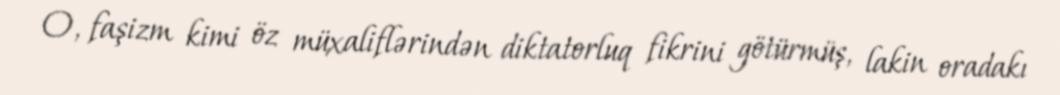
O, faşizm kimi öz müxaliflərindən diktatorluq fikrini götürmüş, lakin oradakı